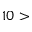
1 0 >